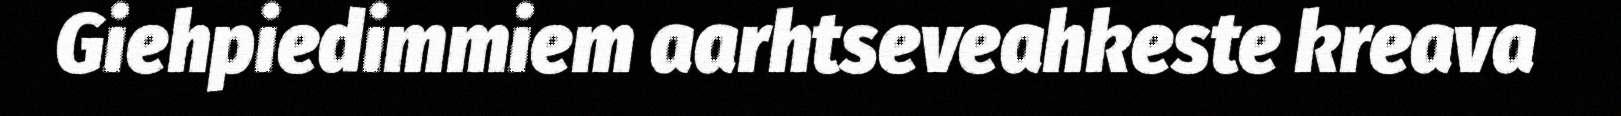
Giehpiedimmiem aarhtseveahkeste kreava